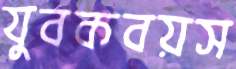
যুবকবয়স